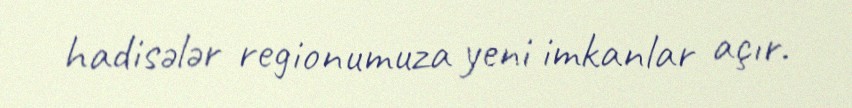
hadisələr regionumuza yeni imkanlar açır.